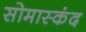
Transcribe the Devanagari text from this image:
सोमास्कंद